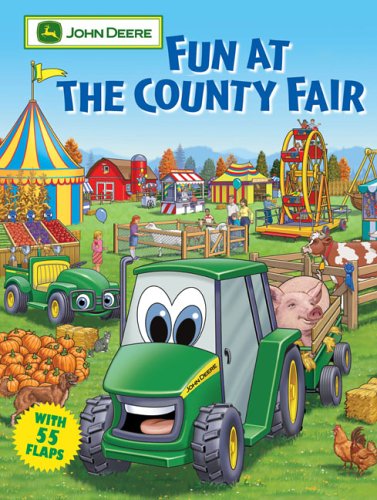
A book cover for Fun at the County Fair (John Deere (Running Press Kids Hardcover)); Dena Neusner; Children's Books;